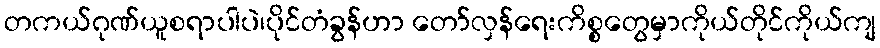
တကယ်ဂုဏ်ယူစရာပါပဲ၊ပိုင်တံခွန်ဟာ တော်လှန်ရေးကိစ္စတွေမှာကိုယ်တိုင်ကိုယ်ကျ